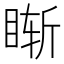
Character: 𥇢